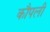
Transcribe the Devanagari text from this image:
कौपली